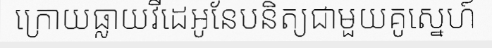
ក្រោយធ្លាយវីដេអូនែបនិត្យជាមួយគូស្នេហ៍